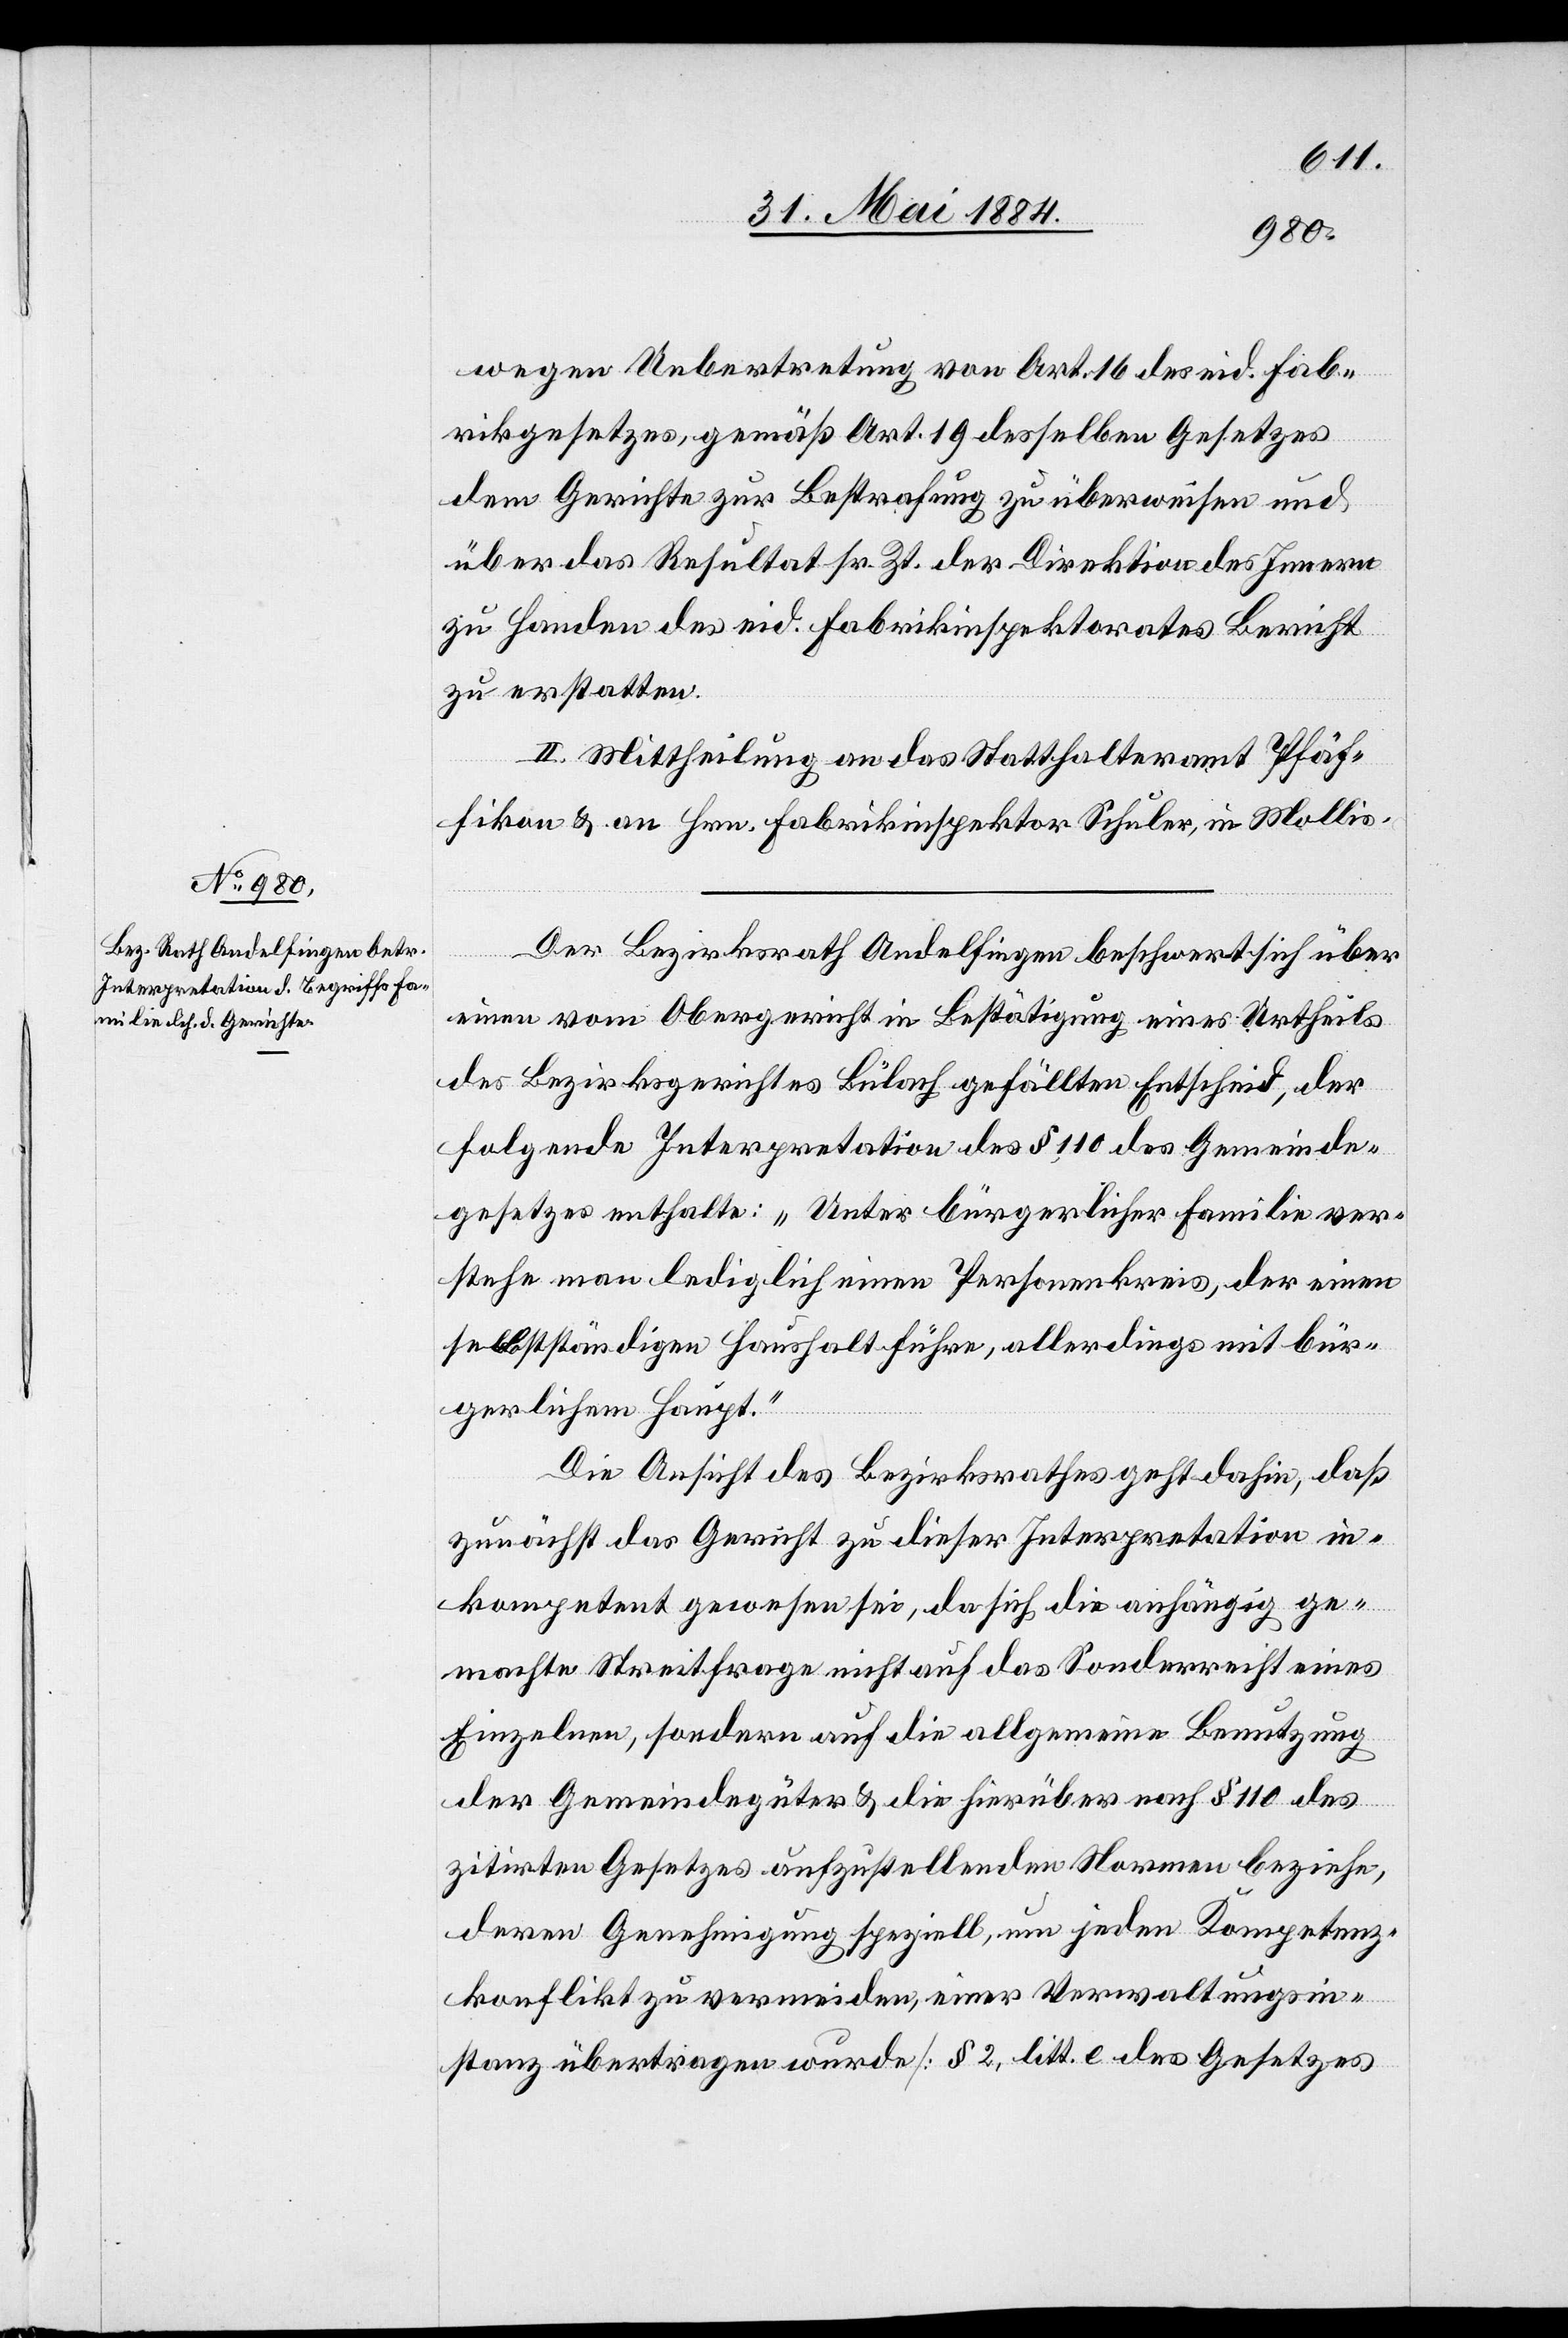
wegen Uebertretung von Art. 16 des eid. Fab¬
rikgesetztes, gemäß Art. 19 desselben Gesetzes
dem Gerichte zur Bestrafung zu überweisen und
über das Resultat sr. Zt. der Direktion des Innern
zu Handen des eid Fabrikinspektors Bericht
zu erstatten.
II. Mittheilung an das Statthalteramt Pfäf¬
fikon & an Hrn. Fabrikinspektor Schuler in Mollis.
Der Bezirksrath Andelfingen beschwert sich über
einen vom Obergericht in Bestätigung eines Urtheils
des Bezirksgerichtes Bülach gefällten Entscheid, der
folgende Interpretation des § 110 des Gemeinde¬
gesetzes enthalte: „Unter bürgerlicher Familie ver¬
stehe man lediglich einen Personenkreis, der einen
selbständigen Haushalt führe, allerdings mit bür¬
gerlichem Haupt.“
Die Ansicht des Bezirksrathes geht dahin, daß
zunächst das Gericht zu dieser Interpretation in¬
kompetent gewesen sei, da sich die anhängig ge¬
machte Streitfrage nicht auf das Sonderrecht eines
Einzelnen, sondern auf die allgemeine Benutzung
der Gemeindegüter & die hierüber nach § 110 des
zitirten Gesetzes aufzustellenden Normen beziehe,
deren Genehmigung speziell, um jeden Kompetenz¬
konflikt zu vermeiden, einer Verwaltungsin¬
stanz übertragen werde [§ 2, litt. c des Gesetzes